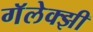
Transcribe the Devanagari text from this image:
गॅलेक्झी